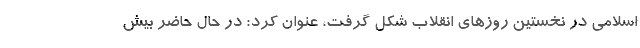
اسلامی در نخستین روزهای انقلاب شکل گرفت، عنوان کرد: در حال حاضر بیش